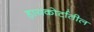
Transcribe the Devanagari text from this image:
हायकोर्टातील